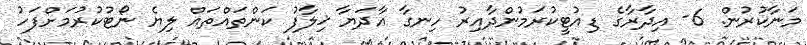
މަނާކުރުން. 6- އިދާރާގެ ޑިއުޓީކުރަމުންދާއިރު ހިނގާ އާދަޔާ ޚިލާފު ކަންތައްތައް ލިޔެ ނޯޓުކުރުމަށްފަހު